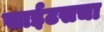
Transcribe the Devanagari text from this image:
साईटसचा